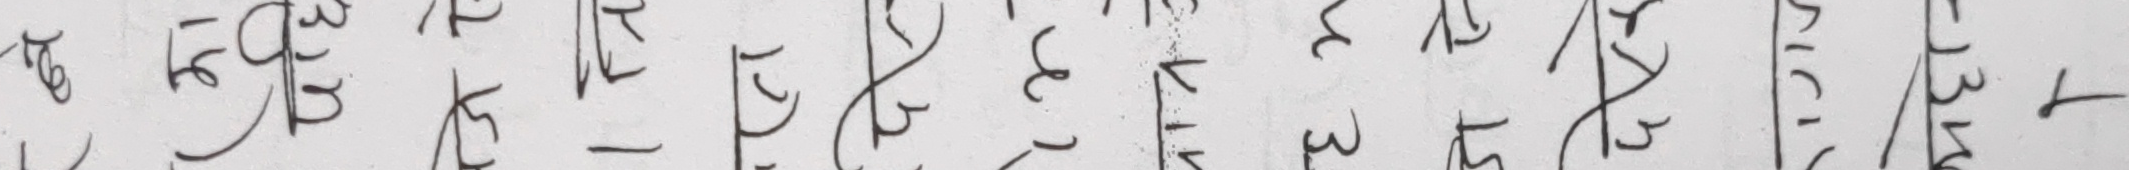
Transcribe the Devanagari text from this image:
टे ९३४५७९८४३५६७१९३१